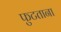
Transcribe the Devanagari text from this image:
फुटताना